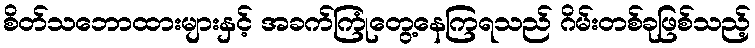
စိတ်သဘောထားများနှင့် အခက်ကြုံတွေ့နေကြရသည် ဂိမ်းတစ်ခုဖြစ်သည့်